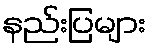
နည်းပြများ